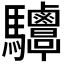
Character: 𩧤